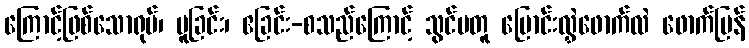
ကြောင့်ဖြစ်သောရုပ်၊ ပူခြင်း၊ ဧခြင်း-စသည်ကြောင့် သွင်မတူ ပြောင်းလွှဲဖောက်လဲ ဖောက်ပြန်